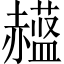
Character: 𲃈